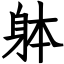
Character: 躰